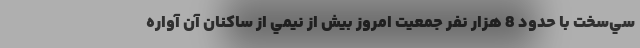
سي‌سخت با حدود 8 هزار نفر جمعيت امروز بيش از نيمي از ساكنان آن آواره